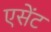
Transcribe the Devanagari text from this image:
एसेंट